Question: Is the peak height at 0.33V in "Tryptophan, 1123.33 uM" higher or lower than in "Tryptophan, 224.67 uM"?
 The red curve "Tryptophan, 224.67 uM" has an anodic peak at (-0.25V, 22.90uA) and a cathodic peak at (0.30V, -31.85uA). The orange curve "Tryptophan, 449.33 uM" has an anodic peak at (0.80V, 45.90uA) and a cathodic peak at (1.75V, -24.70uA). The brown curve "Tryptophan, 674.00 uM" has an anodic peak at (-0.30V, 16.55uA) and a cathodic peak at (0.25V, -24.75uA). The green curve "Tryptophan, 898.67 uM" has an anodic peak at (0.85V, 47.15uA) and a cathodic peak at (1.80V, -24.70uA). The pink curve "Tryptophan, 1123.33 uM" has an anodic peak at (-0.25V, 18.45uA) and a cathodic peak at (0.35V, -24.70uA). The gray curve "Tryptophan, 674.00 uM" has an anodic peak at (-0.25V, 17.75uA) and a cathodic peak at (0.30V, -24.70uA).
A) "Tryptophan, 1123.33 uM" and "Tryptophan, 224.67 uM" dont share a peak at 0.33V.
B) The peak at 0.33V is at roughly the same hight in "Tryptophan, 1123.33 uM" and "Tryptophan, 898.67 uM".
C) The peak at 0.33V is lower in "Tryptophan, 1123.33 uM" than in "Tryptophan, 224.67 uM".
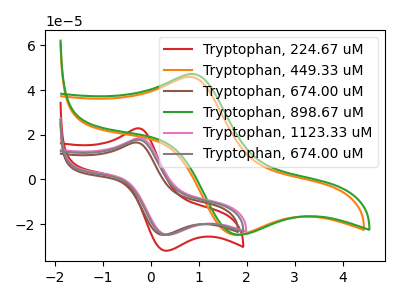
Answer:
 <answer>C) The peak at 0.33V is lower in "Tryptophan, 1123.33 uM" than in "Tryptophan, 224.67 uM".</answer>
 <eval>C</eval>